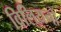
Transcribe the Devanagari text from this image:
विलियनों